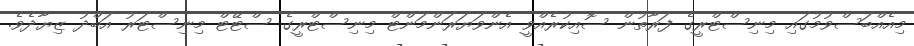
މިއެއްބަސްވުމުގައި މިނިސްޓްރީގެ ފަރާތުން ސޮއިކުރެއްވީ އެންވަޔަރަންމަންޓް މިނިސްޓްރީގެ ސްޓޭޓް މިނިސްޓަރު އަބްދު ޒިޔާދެވެ.